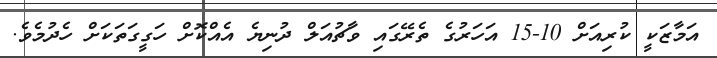
އަމާޒަކީ ކުރިއަށް 10-15 އަހަރުގެ ތެރޭގައި ވާޗުއަލް ދުނިޔެ އެއްކޮށް ހަގީގަތަކަށް ހެދުމެވެ.